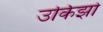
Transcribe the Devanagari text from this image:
उर्किझो